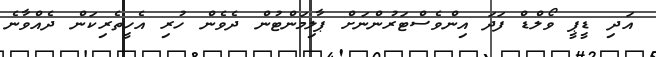
އަދި ޑީޕީ ވޯލްޑް ފަދަ އިންވެސްޓަރުންނަށް ޕާލިމަންޓުން ދެވެން ހުރި އެހީތެރިކަން ދެއްވާނެ